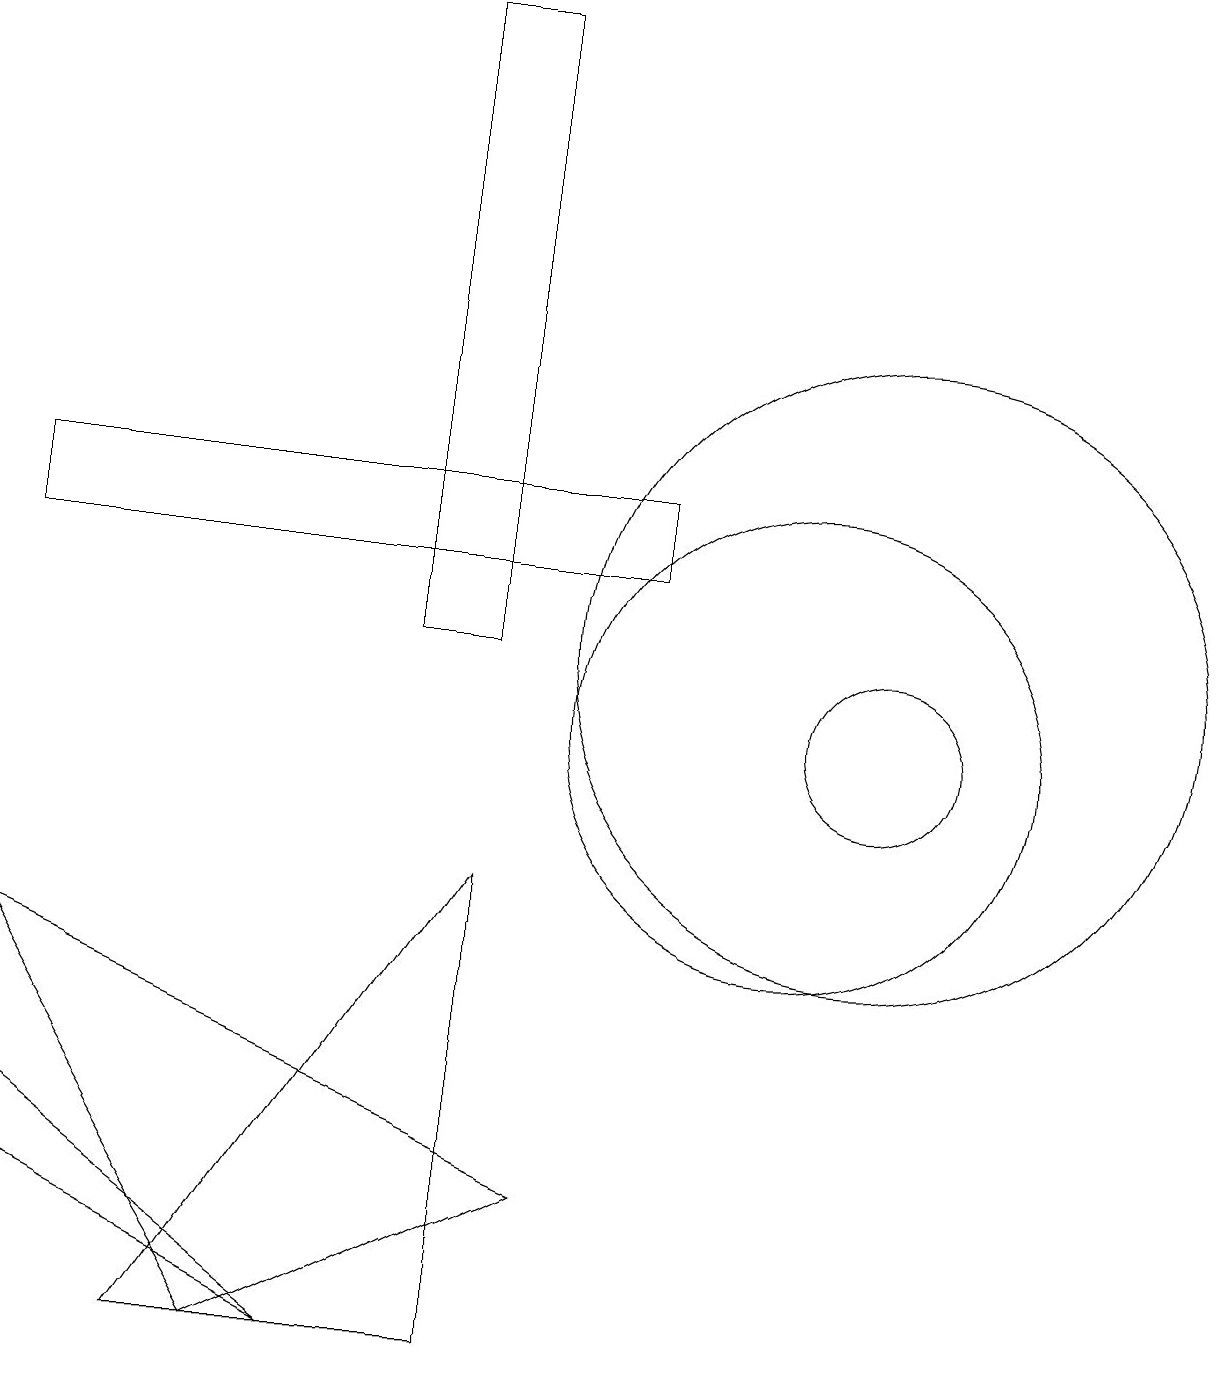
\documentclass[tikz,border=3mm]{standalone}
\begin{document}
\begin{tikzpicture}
\draw (10,10) circle (3);
\draw (4,2) -- (0,5) -- (0,4) -- cycle;
\draw (11,11) circle (4);
\draw (6,19) rectangle (5,11);
\draw (7,4) -- (0,7) -- (3,2) -- cycle;
\draw (11,10) circle (1);
\draw (8,13) rectangle (0,12);
\draw (6,8) -- (6,2) -- (2,2) -- cycle;
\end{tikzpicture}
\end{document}